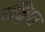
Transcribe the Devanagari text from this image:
संक्ष्रिप्त